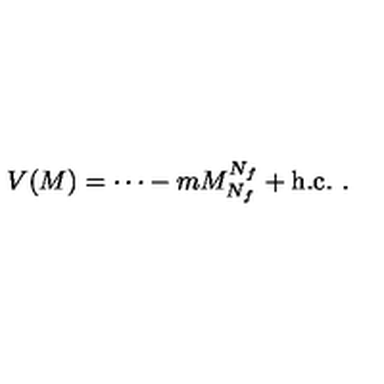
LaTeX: V ( M ) = { \cdots } - m M _ { N _ { f } } ^ { N _ { f } } + \mathrm { h . c . } \ .